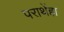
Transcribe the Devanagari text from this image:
पराथेंहा